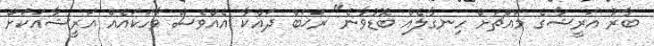
ބާރު އަރީޝާގެ މައްޗަށް ހިނގާލެއް ބޮޑުވާނެ" ރަޚަބް ދައްކާ އެއްވެސް ވާހަކައެއް އަރީޝާއަކަށް